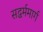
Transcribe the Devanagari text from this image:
सद्धर्ममार्ग